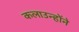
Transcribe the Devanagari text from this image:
कलाउन्होंने